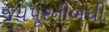
જયપૂરનીબધી